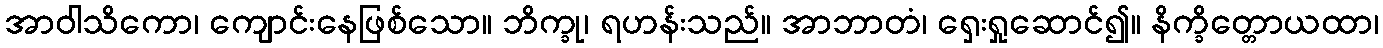
အာဝါသိကော၊ ကျောင်းနေဖြစ်သော။ ဘိက္ခု၊ ရဟန်းသည်။ အာဘာတံ၊ ရှေးရှုဆောင်၍။ နိက္ခိတ္တောယထာ၊